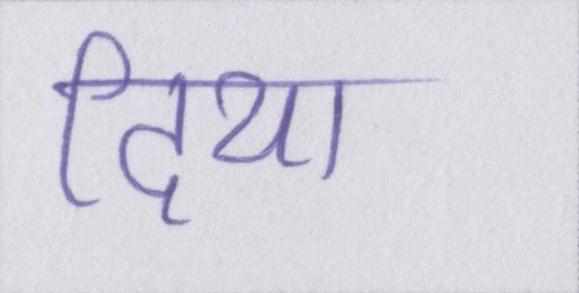
दिया